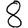
Digit: 8